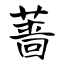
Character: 蔷